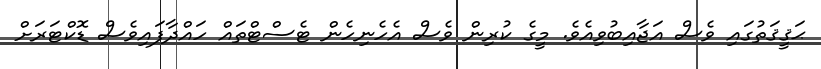
ޙަޤީޤަތުގައި ވެސް އަޖާއިބުވިއެވެ. މީގެ ކުރިން ވެސް އެހެނިހެން ޓެސްޓްތައް ހައްދާފައިވެސް ޑޮކްޓަރަށް